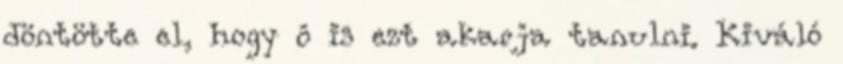
döntötte el, hogy ô is ezt akarja tanulni. Kiváló